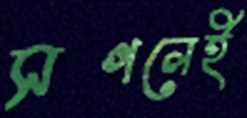
সগলেই